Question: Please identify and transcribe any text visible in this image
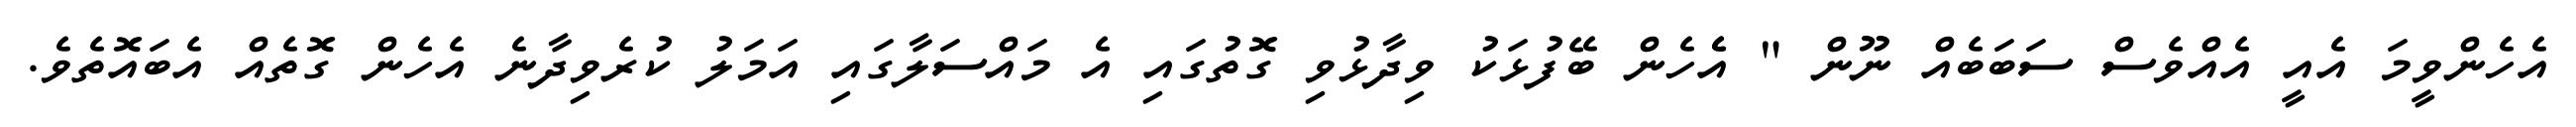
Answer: އެހެންވީމަ އެއީ އެއްވެސް ސަބަބެއް ނޫން " އެެހެން ބޭފުޅަކު ވިދާޅުވި ގޮތުގައި އެ މައްސަލާގައި އަމަލު ކުރެވިދާނެ އެހެން ގޮތެއް އެބައޮތެވެ.